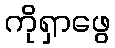
ကိုရှာဖွေ